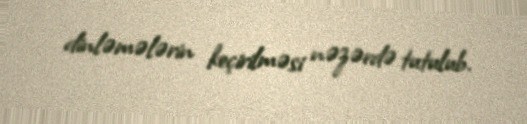
dinləmələrin keçirilməsi nəzərdə tutulub.